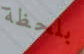
بلحظة